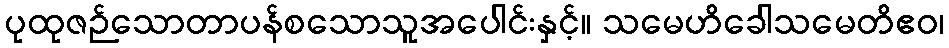
ပုထုဇဉ်သောတာပန်စသောသူအပေါင်းနှင့်။ သမေဟိခေါသမေတိဧဝ၊